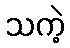
သကဲ့